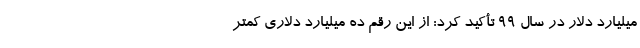
میلیارد دلار در سال ۹۹ تأکید کرد: از این رقم ده میلیارد دلاری کمتر